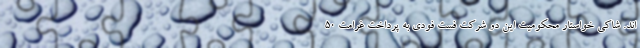
اند. شاکی خواستار محکومیت این دو شرکت فست فودی به پرداخت غرامت 50